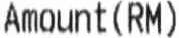
AMOUNT(RM)